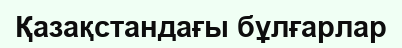
Қазақстандағы бұлғарлар